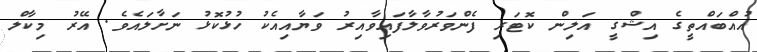
އުއްބައްތީގެ އިޝްގީ އަލިން ކޮޓަރި ފެންވަރުވާލާފައިވާއިރު ވަޔާއިއެކު ހުޅުކޮޅު ނަށާލައެވެ. އޭރު މިކާލް